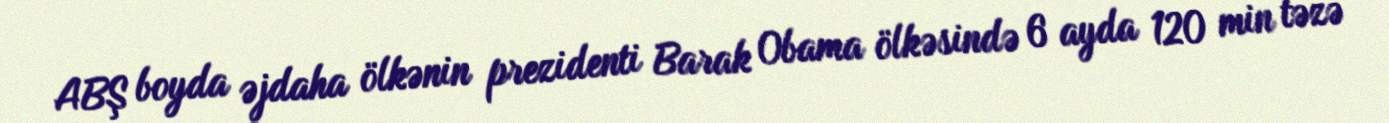
ABŞ boyda əjdaha ölkənin prezidenti Barak Obama ölkəsində 6 ayda 120 min təzə